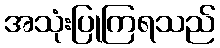
အသုံးပြုကြရသည်